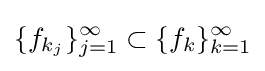
\{f_{k_{j}}\}_{j=1}^{\infty }\subset \{f_{k}\}_{k=1}^{\infty }